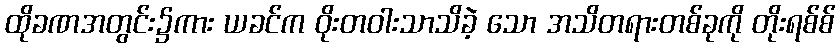
ထိုခဏအတွင်း၌ကား ယခင်က ဝိုးတဝါးသာသိခဲ့ သော အသိတရားတစ်ခုကို တိုးရစ်စ်